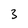
Character: 3